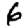
Digit: 6